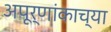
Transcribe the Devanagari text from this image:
अपूर्णांकाच्या